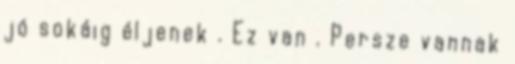
jó sokáig éljenek . Ez van . Persze vannak